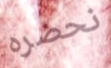
نحضره